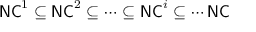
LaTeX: { \mathsf { N C } } ^ { 1 } \subseteq { \mathsf { N C } } ^ { 2 } \subseteq \cdots \subseteq { \mathsf { N C } } ^ { i } \subseteq \cdots { \mathsf { N C } }